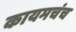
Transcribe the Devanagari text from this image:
कायमचंच